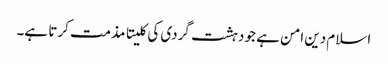
اسلام دین امن ہے جو دہشت گردی کی کلیتا مذمت کرتا ہے۔